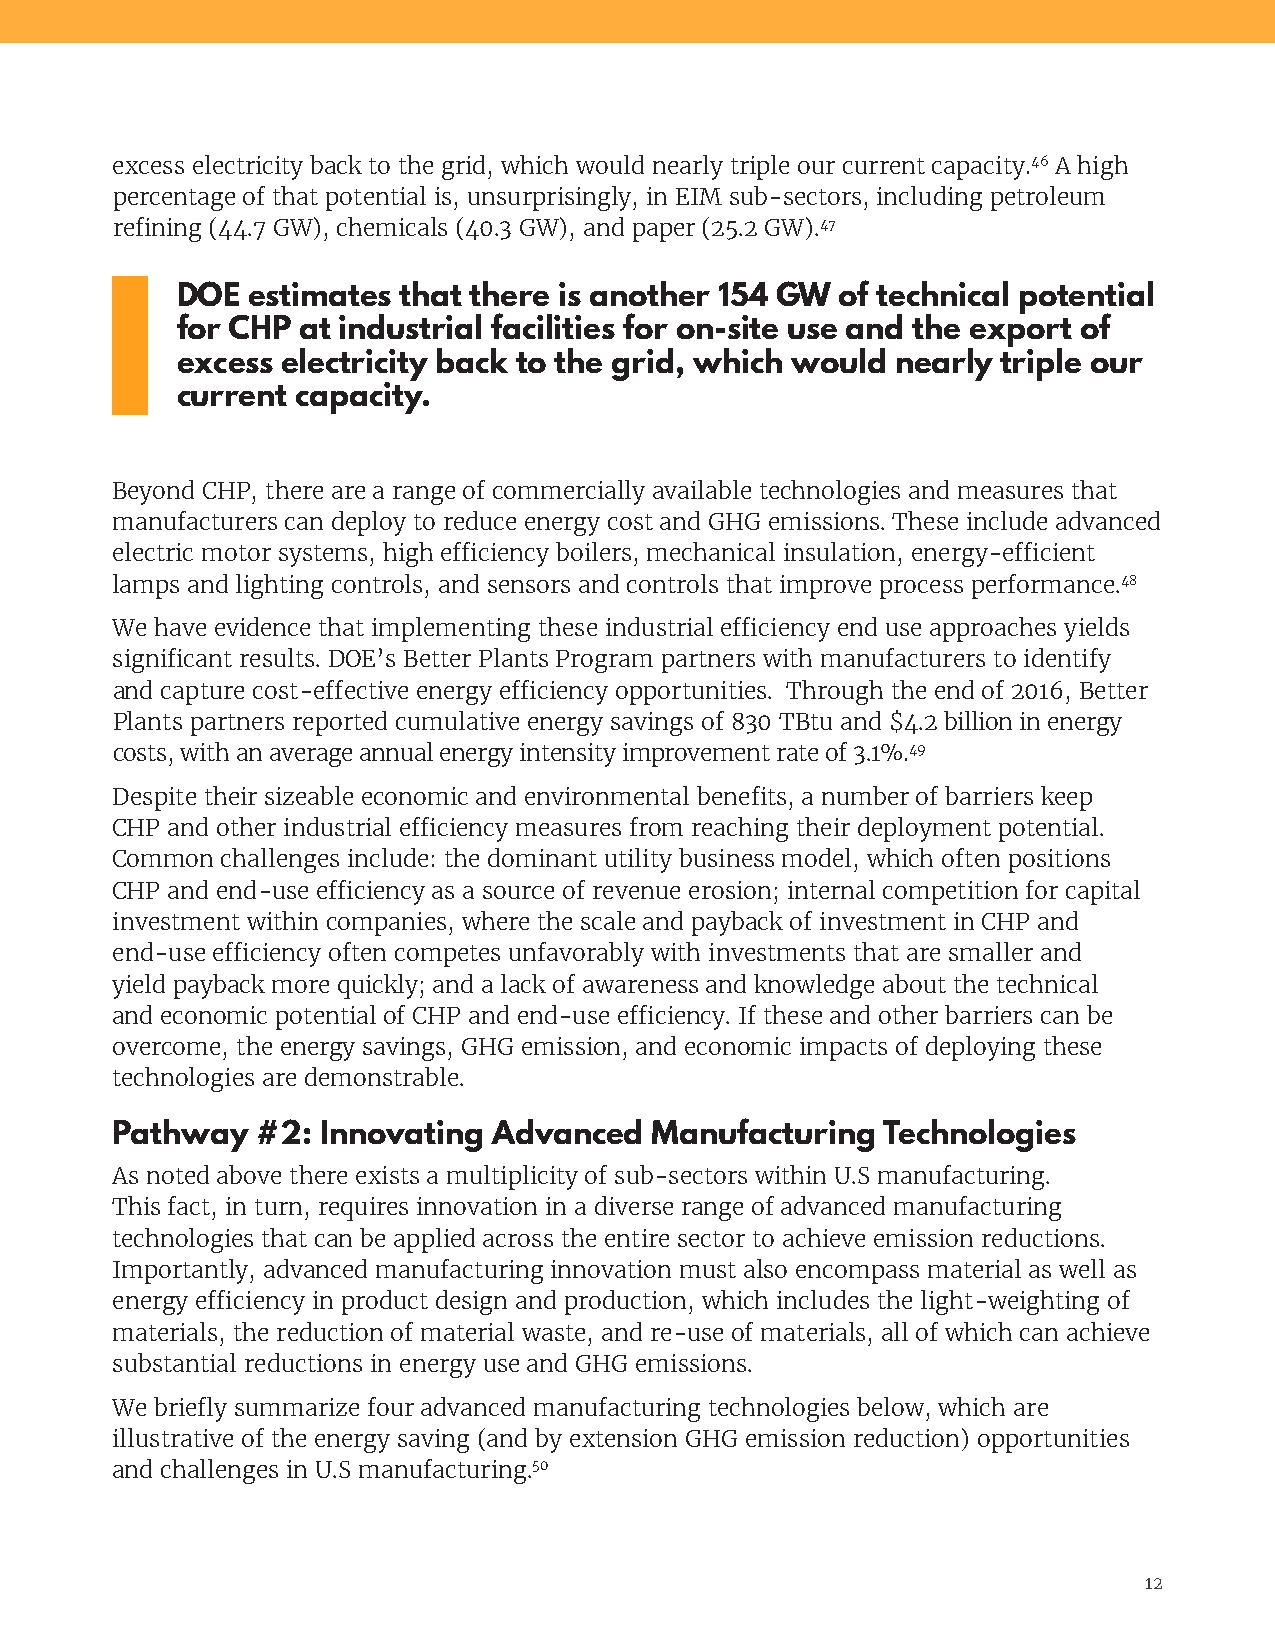
excess electricity back to the grid, which would nearly triple our current capacity.46 A high
 percentage of that potential is, unsurprisingly, in EIM sub-sectors, including petroleum
 refining (44.7 GW), chemicals (40.3 GW), and paper (25.2 GW).47
 DOE estimates  that there is another 154 GW of technical potential
 for CHP at industrial facilities for on-site use and the export of
 excess electricity back to the grid, which would nearly triple our
 current capacity.
 Beyond CHP, there are a range of commercially available technologies and measures that
 manufacturers can deploy to reduce energy cost and GHG emissions. These include advanced
 electric motor systems, high efficiency boilers, mechanical insulation, energy-efficient
 lamps and lighting controls, and sensors and controls that improve process performance.48
 We have evidence that implementing these industrial efficiency end use approaches yields
 significant results. DOE’s Better Plants Program partners with manufacturers to identify
 and capture cost-effective energy efficiency opportunities. Through the end of 2016, Better
 Plants partners reported cumulative energy savings of 830 TBtu and $4.2 billion in energy
 costs, with an average annual energy intensity improvement rate of 3.1%.49
 Despite their sizeable economic and environmental benefits, a number of barriers keep
 CHP and other industrial efficiency measures from reaching their deployment potential.
 Common  challenges include: the dominant utility business model, which often positions
 CHP and end-use efficiency as a source of revenue erosion; internal competition for capital
 investment within companies, where the scale and payback of investment in CHP and
 end-use efficiency often competes unfavorably with investments that are smaller and
 yield payback more quickly; and a lack of awareness and knowledge about the technical
 and economic potential of CHP and end-use efficiency. If these and other barriers can be
 overcome, the energy savings, GHG emission, and economic impacts of deploying these
 technologies are demonstrable.
 Pathway   #2: Innovating  Advanced  Manufacturing  Technologies
 As noted above there exists a multiplicity of sub-sectors within U.S manufacturing.
 This fact, in turn, requires innovation in a diverse range of advanced manufacturing
 technologies that can be applied across the entire sector to achieve emission reductions.
 Importantly, advanced manufacturing innovation must also encompass material as well as
 energy efficiency in product design and production, which includes the light-weighting of
 materials, the reduction of material waste, and re-use of materials, all of which can achieve
 substantial reductions in energy use and GHG emissions.
 We briefly summarize four advanced manufacturing technologies below, which are
 illustrative of the energy saving (and by extension GHG emission reduction) opportunities
 and challenges in U.S manufacturing.50
 12